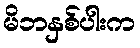
မိဘနှစ်ပါးက